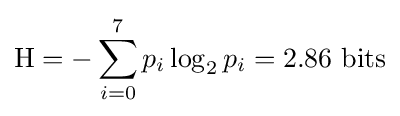
\mathrm {H} =-\sum _{i=0}^{7}p_{i}\log _{2}p_{i}=2.86{\text{ bits}}